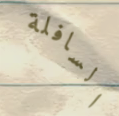
السافلة